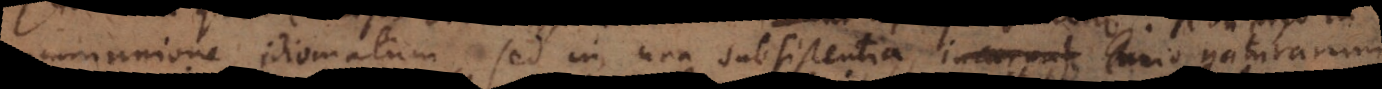
communi[cati]one idiomatum, sed in una subsistentia incarnat unio natura